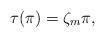
LaTeX: \begin{align*} \tau(\pi)=\zeta_m\pi,\end{align*}